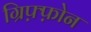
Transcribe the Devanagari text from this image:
ग्रिफ़्फ़ोन